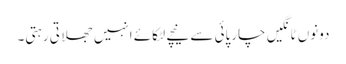
دونوں ٹانگیں چارپائی سے نیچے لٹکائے انہیں جھلاتی رہتی۔